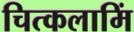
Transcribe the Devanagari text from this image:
चित्कलामिं